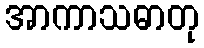
အာကာသဓာတု